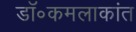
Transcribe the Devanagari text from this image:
डॉ॰कमलाकांत